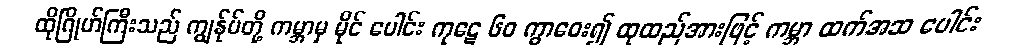
ထိုဂြိုဟ်ကြီးသည် ကျွန်ုပ်တို့ ကမ္ဘာမှ မိုင် ပေါင်း ကုဋေ ၆၀ ကွာဝေး၍ ထုထည်အားဖြင့် ကမ္ဘာ ထက်အဆ ပေါင်း